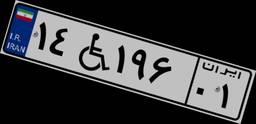
۱۴W۱۹۶۰۱